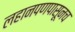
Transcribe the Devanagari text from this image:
लहानपणपासूनच